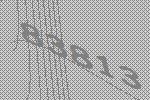
83813